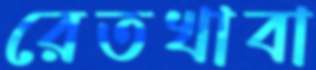
রেতখাবা